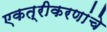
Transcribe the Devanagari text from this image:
एकत्रीकरणांचे